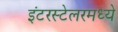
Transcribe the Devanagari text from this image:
इंटरस्टेलरमध्ये